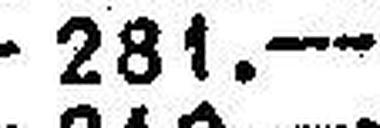
281.—